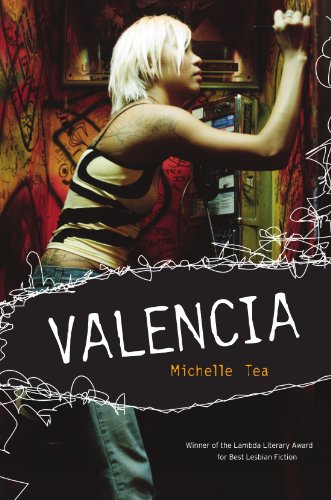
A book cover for Valencia; Michelle Tea; Romance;